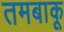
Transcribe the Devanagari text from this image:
तमबाकू